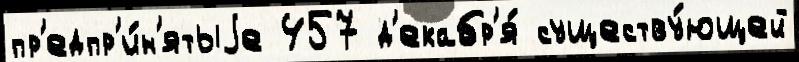
пр'едпр'и́н'ятыjе 457 д'екабр'я́ существу́ющей